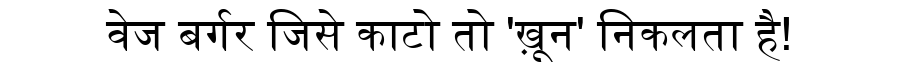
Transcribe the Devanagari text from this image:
वेज बर्गर जिसे काटो तो 'ख़ून' निकलता है!